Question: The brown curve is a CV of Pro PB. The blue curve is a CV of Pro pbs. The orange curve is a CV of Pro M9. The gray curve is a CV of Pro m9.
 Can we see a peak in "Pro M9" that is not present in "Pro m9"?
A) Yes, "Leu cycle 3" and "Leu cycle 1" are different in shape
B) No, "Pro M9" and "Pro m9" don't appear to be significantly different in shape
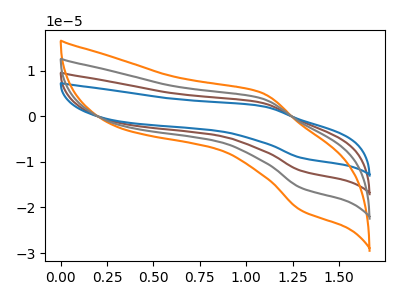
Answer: <think>The brown curve "Pro PB" has an anodic peak at (1.10V, 7.90uA) and a cathodic peak at (1.30V, -31.50uA). The blue curve "Pro pbs" has an anodic peak at (1.10V, 11.85uA) and a cathodic peak at (1.30V, -47.20uA). The orange curve "Pro M9" has an anodic peak at (1.10V, 5.20uA) and a cathodic peak at (1.30V, -20.70uA). The gray curve "Pro m9" has an anodic peak at (1.10V, 3.95uA) and a cathodic peak at (1.30V, -15.75uA).
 All the peaks in "Pro M9" have a peak in "Pro m9" at the same potential. Every peak in "Pro M9" is higher than every peak in "Pro m9".</think>
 <answer>B) No, "Pro M9" and "Pro m9" don't appear to be significantly different in shape</answer>
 <eval>B</eval>